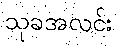
သုခအလင်း